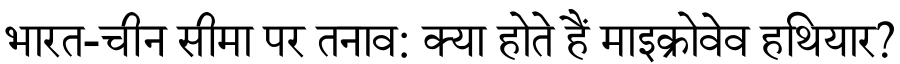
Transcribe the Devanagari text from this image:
भारत-चीन सीमा पर तनाव: क्या होते हैं माइक्रोवेव हथियार?